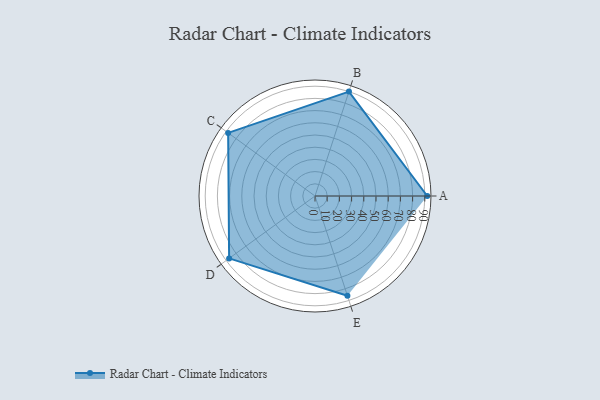
{"axis": {"x": "Skill", "y": "Score"}, "legend": ["Profile"], "data": [{"x": "A", "y": 92.0, "type": "Profile"}, {"x": "B", "y": 90.0, "type": "Profile"}, {"x": "C", "y": 88.0, "type": "Profile"}, {"x": "D", "y": 87.0, "type": "Profile"}, {"x": "E", "y": 86.0, "type": "Profile"}]}